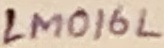
Text: LM016L